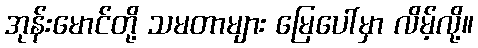
အုန်းမောင်တို့ သမတာများ မြေပေါ်မှာ လိမ့်လို့။